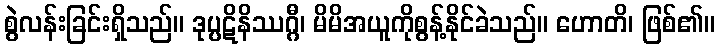
စွဲလန်းခြင်းရှိသည်။ ဒုပ္ပဋိနိဿဂ္ဂီ၊ မိမိအယူကိုစွန့်နိုင်ခဲသည်။ ဟောတိ၊ ဖြစ်၏။